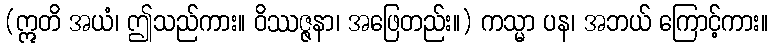
(ဣတိ အယံ၊ ဤသည်ကား။ ဝိဿဇ္ဇနာ၊ အဖြေတည်း။) ကသ္မာ ပန၊ အဘယ် ကြောင့်ကား။